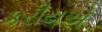
કરીયએ